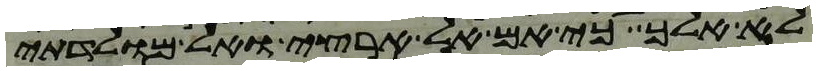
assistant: לא אלך כי אם אל ארצי ואל מולדתי